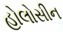
હોલોસીન